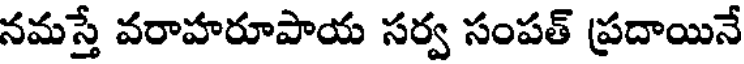
నమస్తే వరాహరూపాయ సర్వ సంపత్ ప్రదాయినే